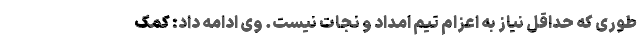
طوری که حداقل نیاز به اعزام تیم امداد و نجات نیست. وی ادامه داد: کمک